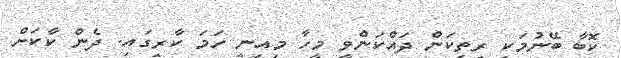
ކޮބާ ބޭނުމަކީ ރީތިކަން ދައްކަންވީ މީހާ މިއިނީ ހަމަ ކާރީގައި. ދެން ކާކަށް